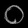
Digit: ၀